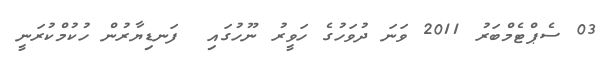
03 ސެޕްޓެމްބަރު 2011 ވަނަ ދުވަހުގެ ހަވީރު ނޫހުގައި  ފަނޑިޔާރުން ހުކުމްކުރަނީ